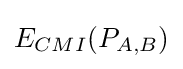
E_{CMI}(P_{A,B})